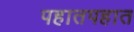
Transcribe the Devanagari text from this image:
पहातपहात